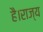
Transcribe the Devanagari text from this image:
है।राज्य